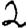
Digit: 2